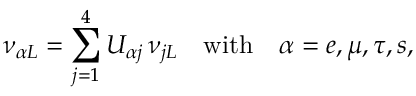
\nu _ { \alpha L } = \sum _ { j = 1 } ^ { 4 } U _ { \alpha j } \, \nu _ { j L } \quad \mathrm { w i t h } \quad \alpha = e , \mu , \tau , s ,